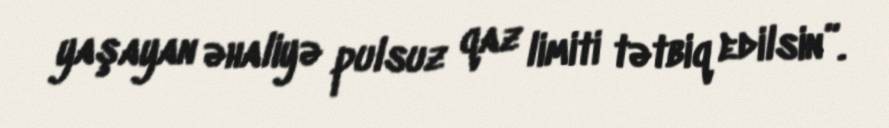
yaşayan əhaliyə pulsuz qaz limiti tətbiq edilsin”.